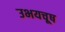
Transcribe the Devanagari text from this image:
उभयचूष